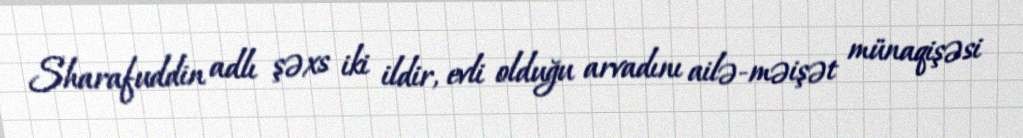
Sharafuddin adlı şəxs iki ildir, evli olduğu arvadını ailə-məişət münaqişəsi